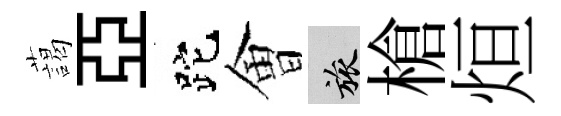
藹亞跎㑹旅槍烜